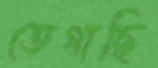
তেগাছি